Civil Veterinary Department. Madras. Admin. report 1910-25 - 1910-1925
Year: 1910
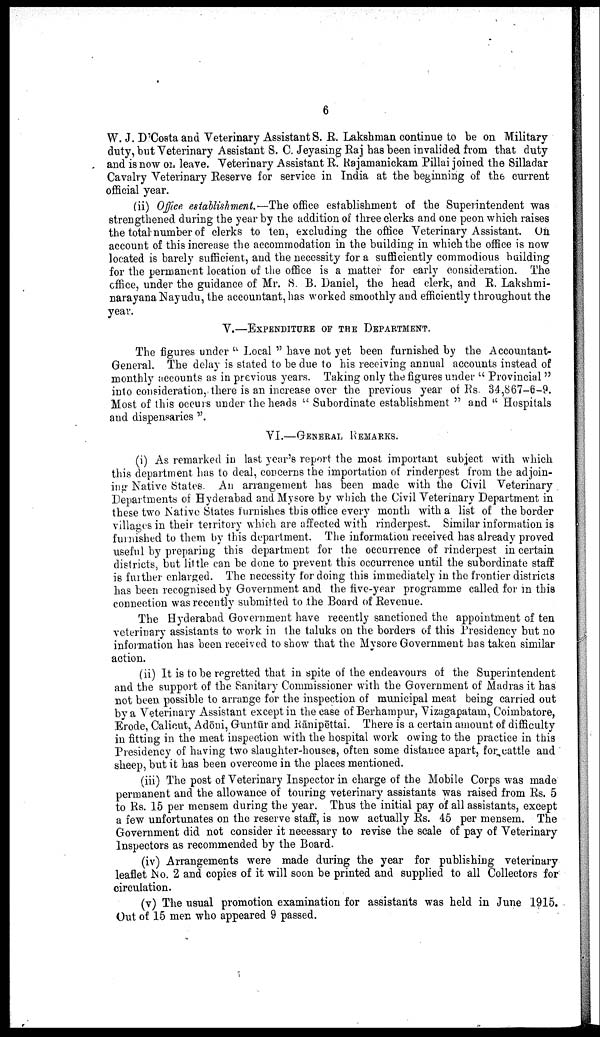
6
W. J. D'Costa and Veterinary Assistant S. R. Lakshman continue to be on Military
duty, but Veterinary Assistant S. C. Jeyasing Raj has been invalided from that duty
and is now on leave. Veterinary Assistant R. Rajamanickam Pillai joined the Silladar
Cavalry Veterinary Reserve for service in India at the beginning of the current
official year.
(ii) Office establishment.—The office establishment of the Superintendent was
strengthened during the year by the addition of three clerks and one peon which raises
the total number of clerks to ten, excluding the office Veterinary Assistant. On
account of this increase the accommodation in the building in which the office is now
located is barely sufficient, and the necessity for a sufficiently commodious building
for the permanent location of the office is a matter for early consideration. The
office, under the guidance of Mr. S. B. Daniel, the head clerk, and R. Lakshmi-
narayana Nayudu, the accountant, has worked smoothly and efficiently throughout the
year.
V.—EXPENDITURE OF THE DEPARTMENT.
The figures under " Local " have not yet been furnished by the Accountant-
General. The delay is stated to be due to his receiving annual accounts instead of
monthly accounts as in previous years. Taking only the figures under " Provincial "
into consideration, there is an increase over the previous year of Rs. 34,867-6-9.
Most of this occurs under the heads " Subordinate establishment " and " Hospitals
and dispensaries ".
VI.—GENERAL REMARKS.
(i) As remarked in last year's report the most important subject with which
this department has to deal, concerns the importation of rinderpest from the adjoin
ing Native States. An arrangement has been made with the Civil Veterinary
Departments of Hyderabad and Mysore by which the Civil Veterinary Department in
these two Native States furnishes this office every month with a list of the border
villages in their territory which are affected with rinderpest. Similar information is
furnished to them by this department. The information received has already proved
useful by preparing this department for the occurrence of rinderpest in certain
districts, but little can be done to prevent this occurrence until the subordinate staff
is further enlarged. The necessity for doing this immediately in the frontier districts
has been recognised by Government and the five-year programme called for in this
connection was recently submitted to the Board of Revenue.
The Hyderabad Government have recently sanctioned the appointment of ten
veterinary assistants to work in the taluks on the borders of this Presidency but no
information has been received to show that the Mysore Government has taken similar
action.
(ii) It is to be regretted that in spite of the endeavours of the Superintendent
and the support of the Sanitary Commissioner with the Government of Madras it has
not been possible to arrange for the inspection of municipal meat being carried out
by a Veterinary Assistant except in the case of Berhampur, Vizagapatam, Coimbatore,
Erode, Calicut, Adōni, Guntūr and Rānipēttai. There is a certain amount of difficulty
in fitting in the meat inspection with the hospital work owing to the practice in this
Presidency of having two slaughter-houses, often some distance apart, for cattle and
sheep, but it has been overcome in the places mentioned.
(iii) The post of Veterinary Inspector in charge of the Mobile Corps was made
permanent and the allowance of touring veterinary assistants was raised from Rs. 5
to Rs. 15 per mensem during the year. Thus the initial pay of all assistants, except
a few unfortunates on the reserve staff, is now actually Rs. 45 per mensem. The
Government did not consider it necessary to revise the scale of pay of Veterinary
Inspectors as recommended by the Board.
(iv) Arrangements were made during the year for publishing veterinary
leaflet No. 2 and copies of it will soon be printed and supplied to all Collectors for
circulation.
(v) The usual promotion examination for assistants was held in June 1915.
Out of 15 men who appeared 9 passed.